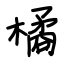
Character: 橘